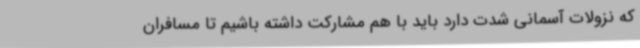
که نزولات آسمانی شدت دارد باید با هم مشارکت داشته باشیم تا مسافران